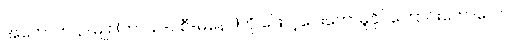
အကောက် ၃-မျိုး (ကာယ-ဝစီ-မနော)ကို ဖြောင့်ပေးတော်မူနိုင်ကြောင်းဟောသော